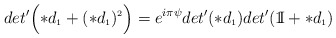
\begin{align*}det'\Bigl(\ast d_{\scriptscriptstyle 1} + (\ast d_{\scriptscriptstyle 1})^{\scriptscriptstyle 2}\Bigr)=e^{i \pi \psi}det'(\ast d_{\scriptscriptstyle 1})det'(\mathrm{1\mkern-5muI}+\ast d_{\scriptscriptstyle 1})\end{align*}